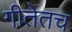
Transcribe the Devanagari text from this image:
गीतेतच